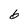
Character: b